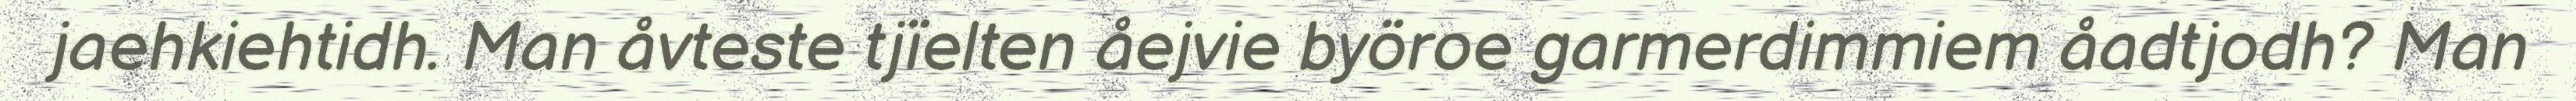
jaehkiehtidh. Man åvteste tjïelten åejvie byöroe garmerdimmiem åadtjodh? Man